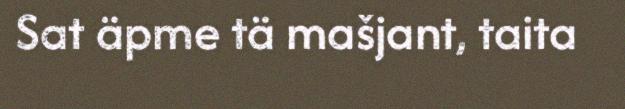
Sat äpme tä mašjant, taita